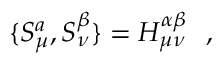
\{ { \cal S } _ { \mu } ^ { a } , { \cal S } _ { \nu } ^ { \beta } \} = { \cal H } _ { \mu \nu } ^ { \alpha \beta } \ \ ,